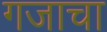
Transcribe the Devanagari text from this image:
गजाचा